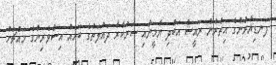
ފަނޑިޔާރުންގެ އިތުރުން ރައީސް އަބްދި ޔާމީނާއި ސަރުކާރާ ދައުލަތުގެ ބައެއް އިސްވެރިންގެ މައްޗަށް